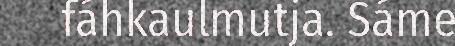
fáhkaulmutja. Sáme